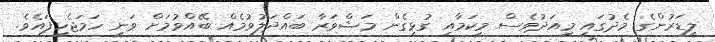
ލީޑަރުންގެ މެދުގައި މިއަދުވެސް މިކަމާއި ގުޅިގެން މަޝްވަރާ ބައްދަލުވުމެއް ބޭއްވުމަށް ވަނީ ހަމަޖެހިފައެވެ.